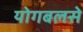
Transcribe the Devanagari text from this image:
योगबलसे